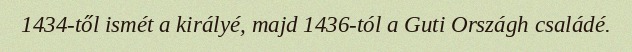
1434-től ismét a királyé, majd 1436-tól a Guti Országh családé.